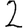
Digit: 2